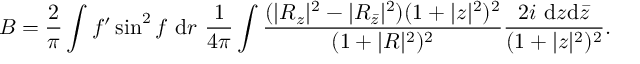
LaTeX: B = \frac { 2 } { \pi } \int f ^ { \prime } \sin ^ { 2 } f ~ \mathrm { d } r ~ \frac { 1 } { 4 \pi } \int \frac { ( | R _ { z } | ^ { 2 } - | R _ { { \bar { z } } } | ^ { 2 } ) ( 1 + | z | ^ { 2 } ) ^ { 2 } } { ( 1 + | R | ^ { 2 } ) ^ { 2 } } \frac { 2 i ~ \mathrm { d } z \mathrm { d } { \bar { z } } } { ( 1 + | z | ^ { 2 } ) ^ { 2 } } .